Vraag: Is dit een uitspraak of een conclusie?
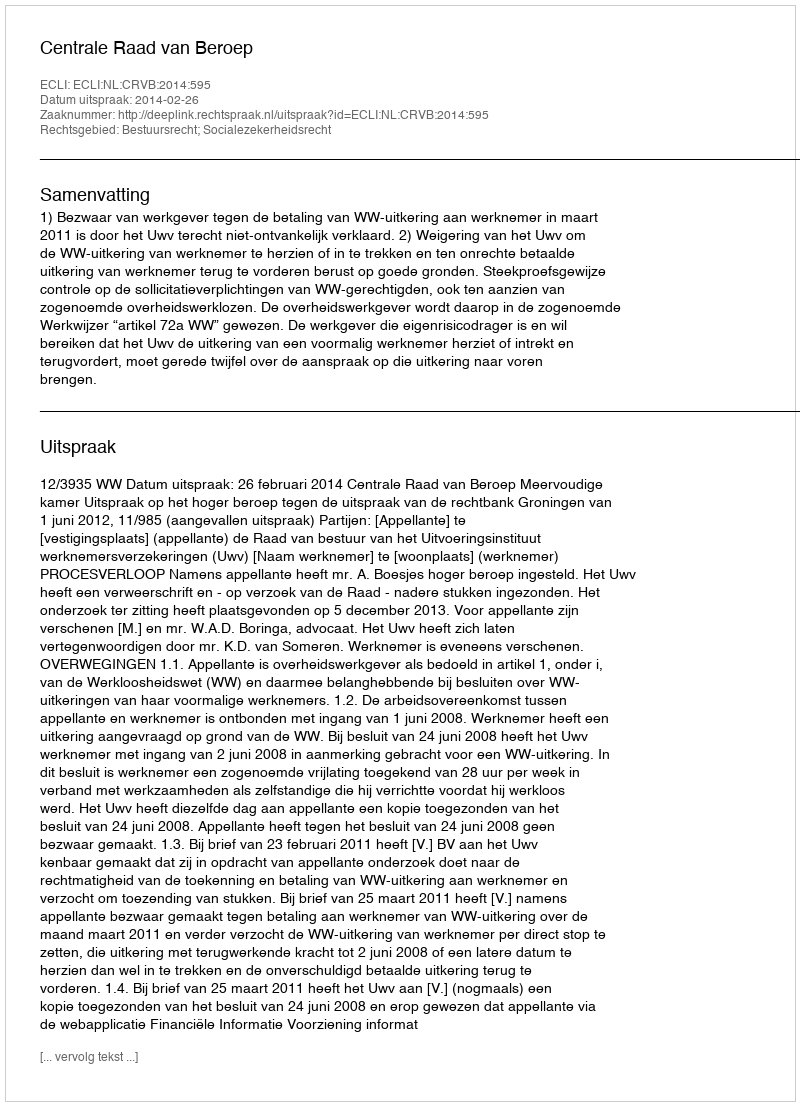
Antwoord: Uitspraak